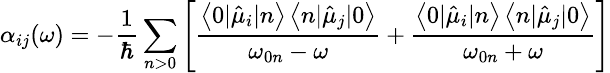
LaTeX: \small\alpha_{ij}(\omega)=-\frac{1}{\hbar}\sum_{n>0}\left[\frac{\left\langle 0|\hat{\mu}_{i}|n\right\rangle\left\langle n|\hat{\mu}_{j}|0\right\rangle}{\omega_{0n}-\omega}+\frac{\left\langle 0|\hat{\mu}_{i}|n\right\rangle\left\langle n|\hat{\mu}_{j}|0\right\rangle}{\omega_{0n}+\omega}\right]